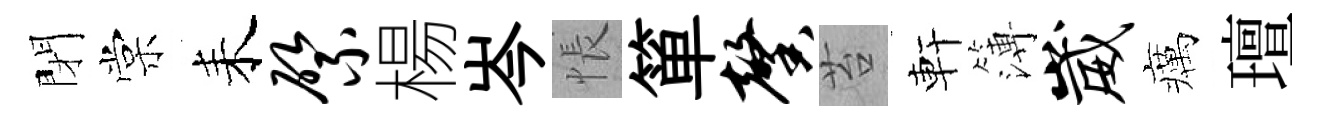
閉棠耒綮楊岑悵箪馨苔軒簿崴癘璮